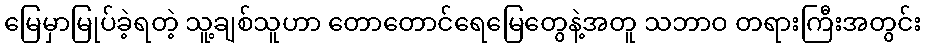
မြေမှာမြုပ်ခဲ့ရတဲ့ သူ့ချစ်သူဟာ တောတောင်ရေမြေတွေနဲ့အတူ သဘာဝ တရားကြီးအတွင်း